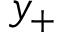
y _ { + }